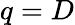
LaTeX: q=D